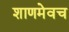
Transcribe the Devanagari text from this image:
शाणमेवच